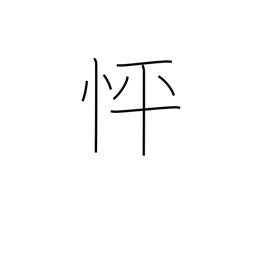
Meaning: in a hurry